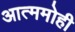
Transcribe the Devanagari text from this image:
आत्ममोही